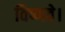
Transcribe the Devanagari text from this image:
विष्णवे।